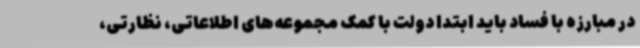
در مبارزه با فساد باید ابتدا دولت با کمک مجموعه‌های اطلاعاتی، نظارتی،